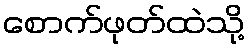
စောက်ဖုတ်ထဲသို့